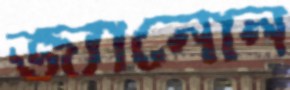
জ্যানোন